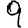
Digit: 9